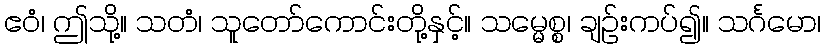
ဧဝံ၊ ဤသို့။ သတံ၊ သူတော်ကောင်းတို့နှင့်။ သမ္မေစ္စ၊ ချဉ်းကပ်၍။ သင်္ဂမော၊